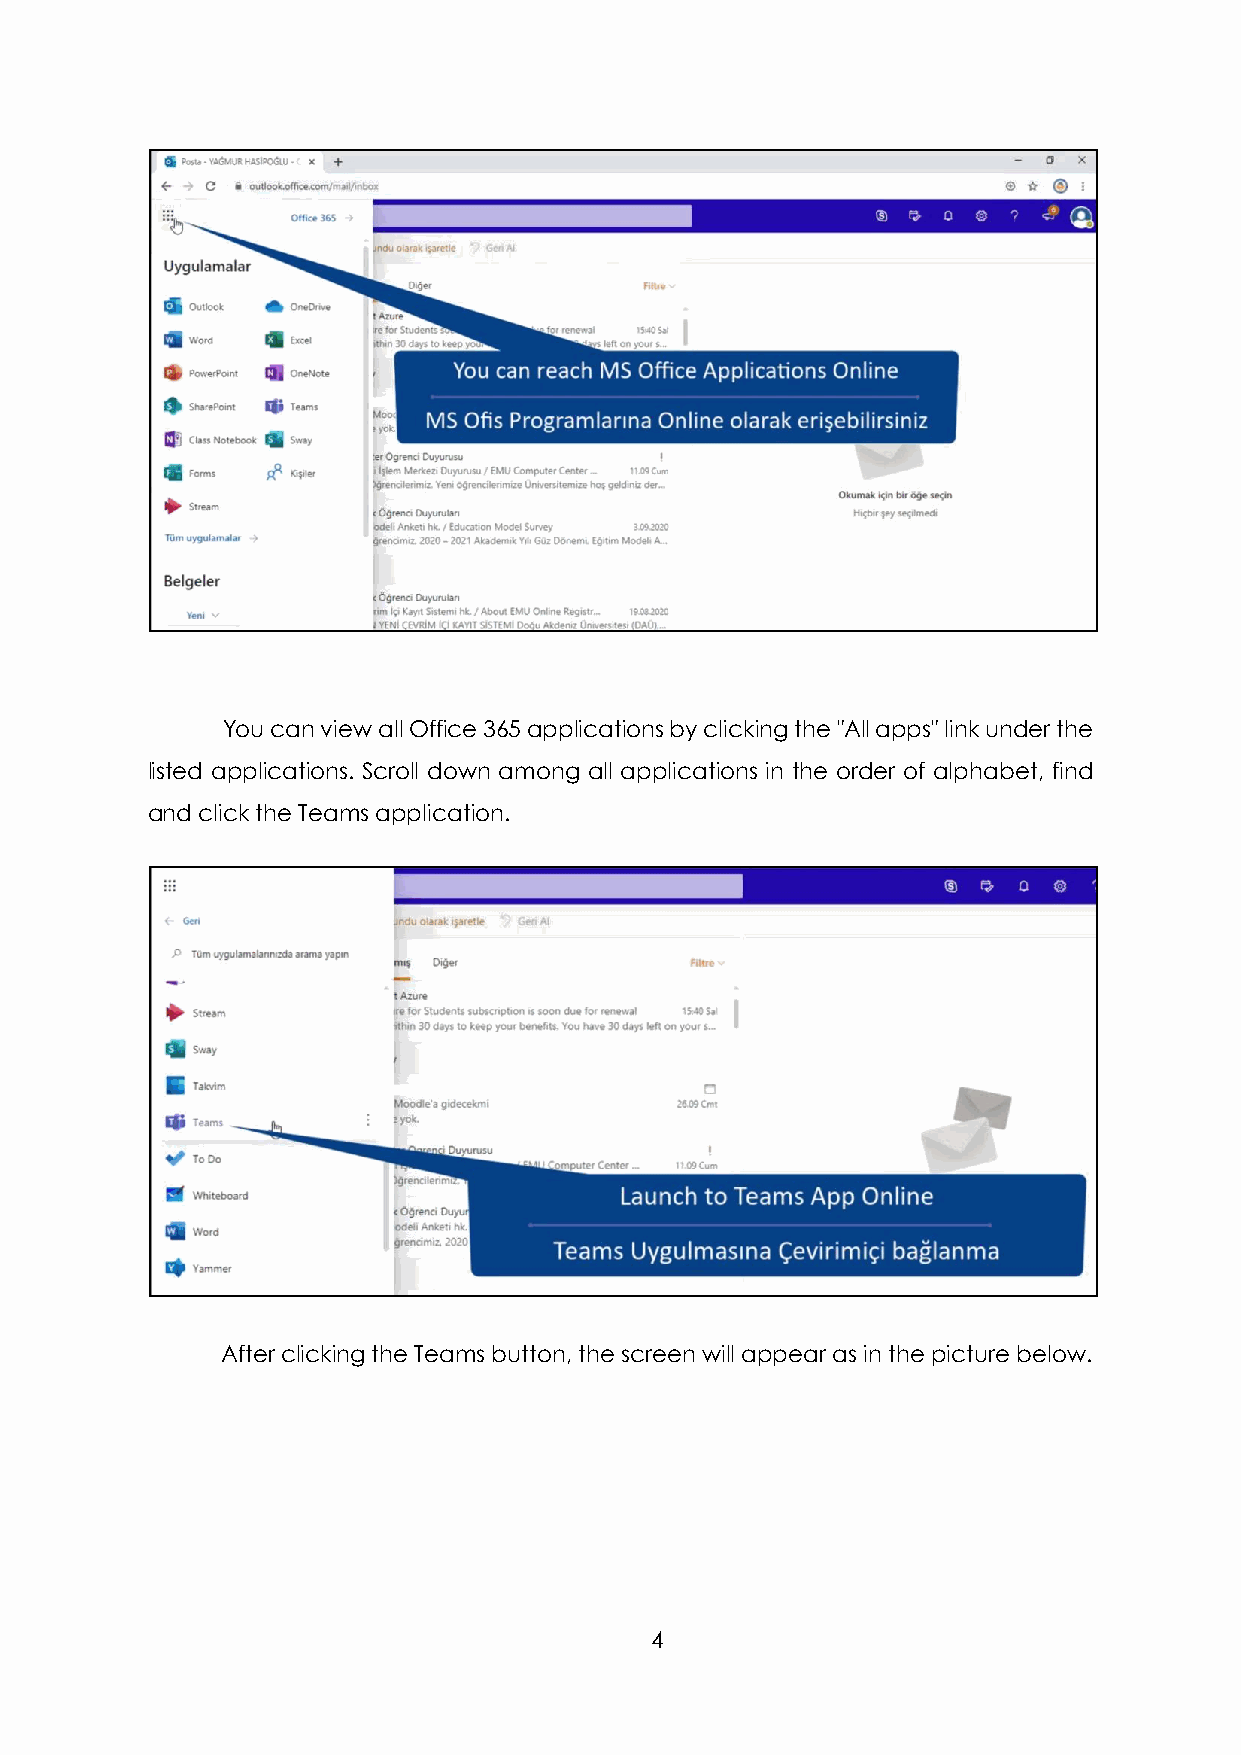
You can view all Office 365 applications by clicking the "All apps" link under the
 listed applications. Scroll down among all applications in the order of alphabet, find
 and click the Teams application.
 After clicking the Teams button, the screen will appear as in the picture below.
 4